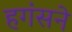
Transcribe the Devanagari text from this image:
हगंसने